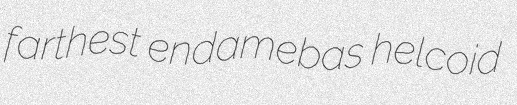
farthest endamebas helcoid